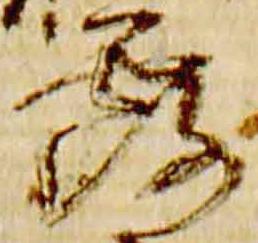
露